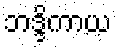
ဘဒ္ဒိကာယ